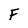
Character: F